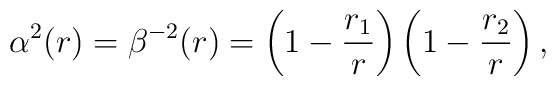
\alpha^2(r)=\beta^{-2}(r)=\left( 1-{r_1\over r}\right)\left( 1-{r_2\over r}\right) ,